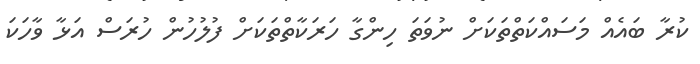
ކުރާ ބައެއް މަސައްކަތްތަކަށް ނުވަތަ ހިންގާ ހަރަކާތްތަކަށް ފުލުހުން ހުރަސް އަޅާ ވާހަކަ